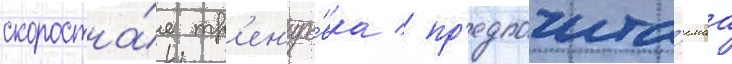
скоростна́я тр'ен'иро́вка / пр'едпочита́емаа